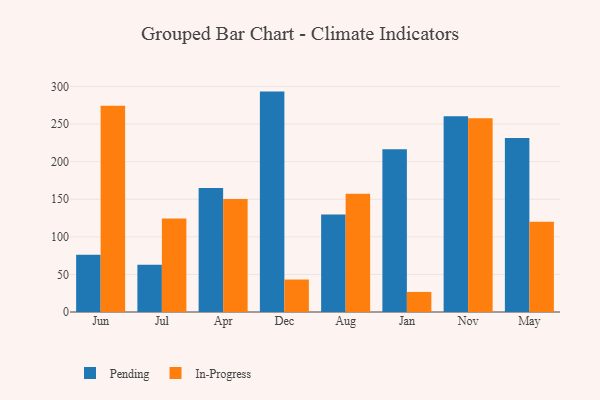
{"axis": {"x": "Month", "y": "Temperature (°C)"}, "legend": ["In-Progress", "Pending"], "data": [{"x": "Jun", "y": 76.3, "type": "Pending"}, {"x": "Jun", "y": 274.3, "type": "In-Progress"}, {"x": "Jul", "y": 62.7, "type": "Pending"}, {"x": "Jul", "y": 124.4, "type": "In-Progress"}, {"x": "Apr", "y": 165.1, "type": "Pending"}, {"x": "Apr", "y": 150.4, "type": "In-Progress"}, {"x": "Dec", "y": 293.2, "type": "Pending"}, {"x": "Dec", "y": 43.2, "type": "In-Progress"}, {"x": "Aug", "y": 129.7, "type": "Pending"}, {"x": "Aug", "y": 157.3, "type": "In-Progress"}, {"x": "Jan", "y": 216.5, "type": "Pending"}, {"x": "Jan", "y": 26.7, "type": "In-Progress"}, {"x": "Nov", "y": 260.3, "type": "Pending"}, {"x": "Nov", "y": 257.9, "type": "In-Progress"}, {"x": "May", "y": 231.6, "type": "Pending"}, {"x": "May", "y": 120.0, "type": "In-Progress"}]}